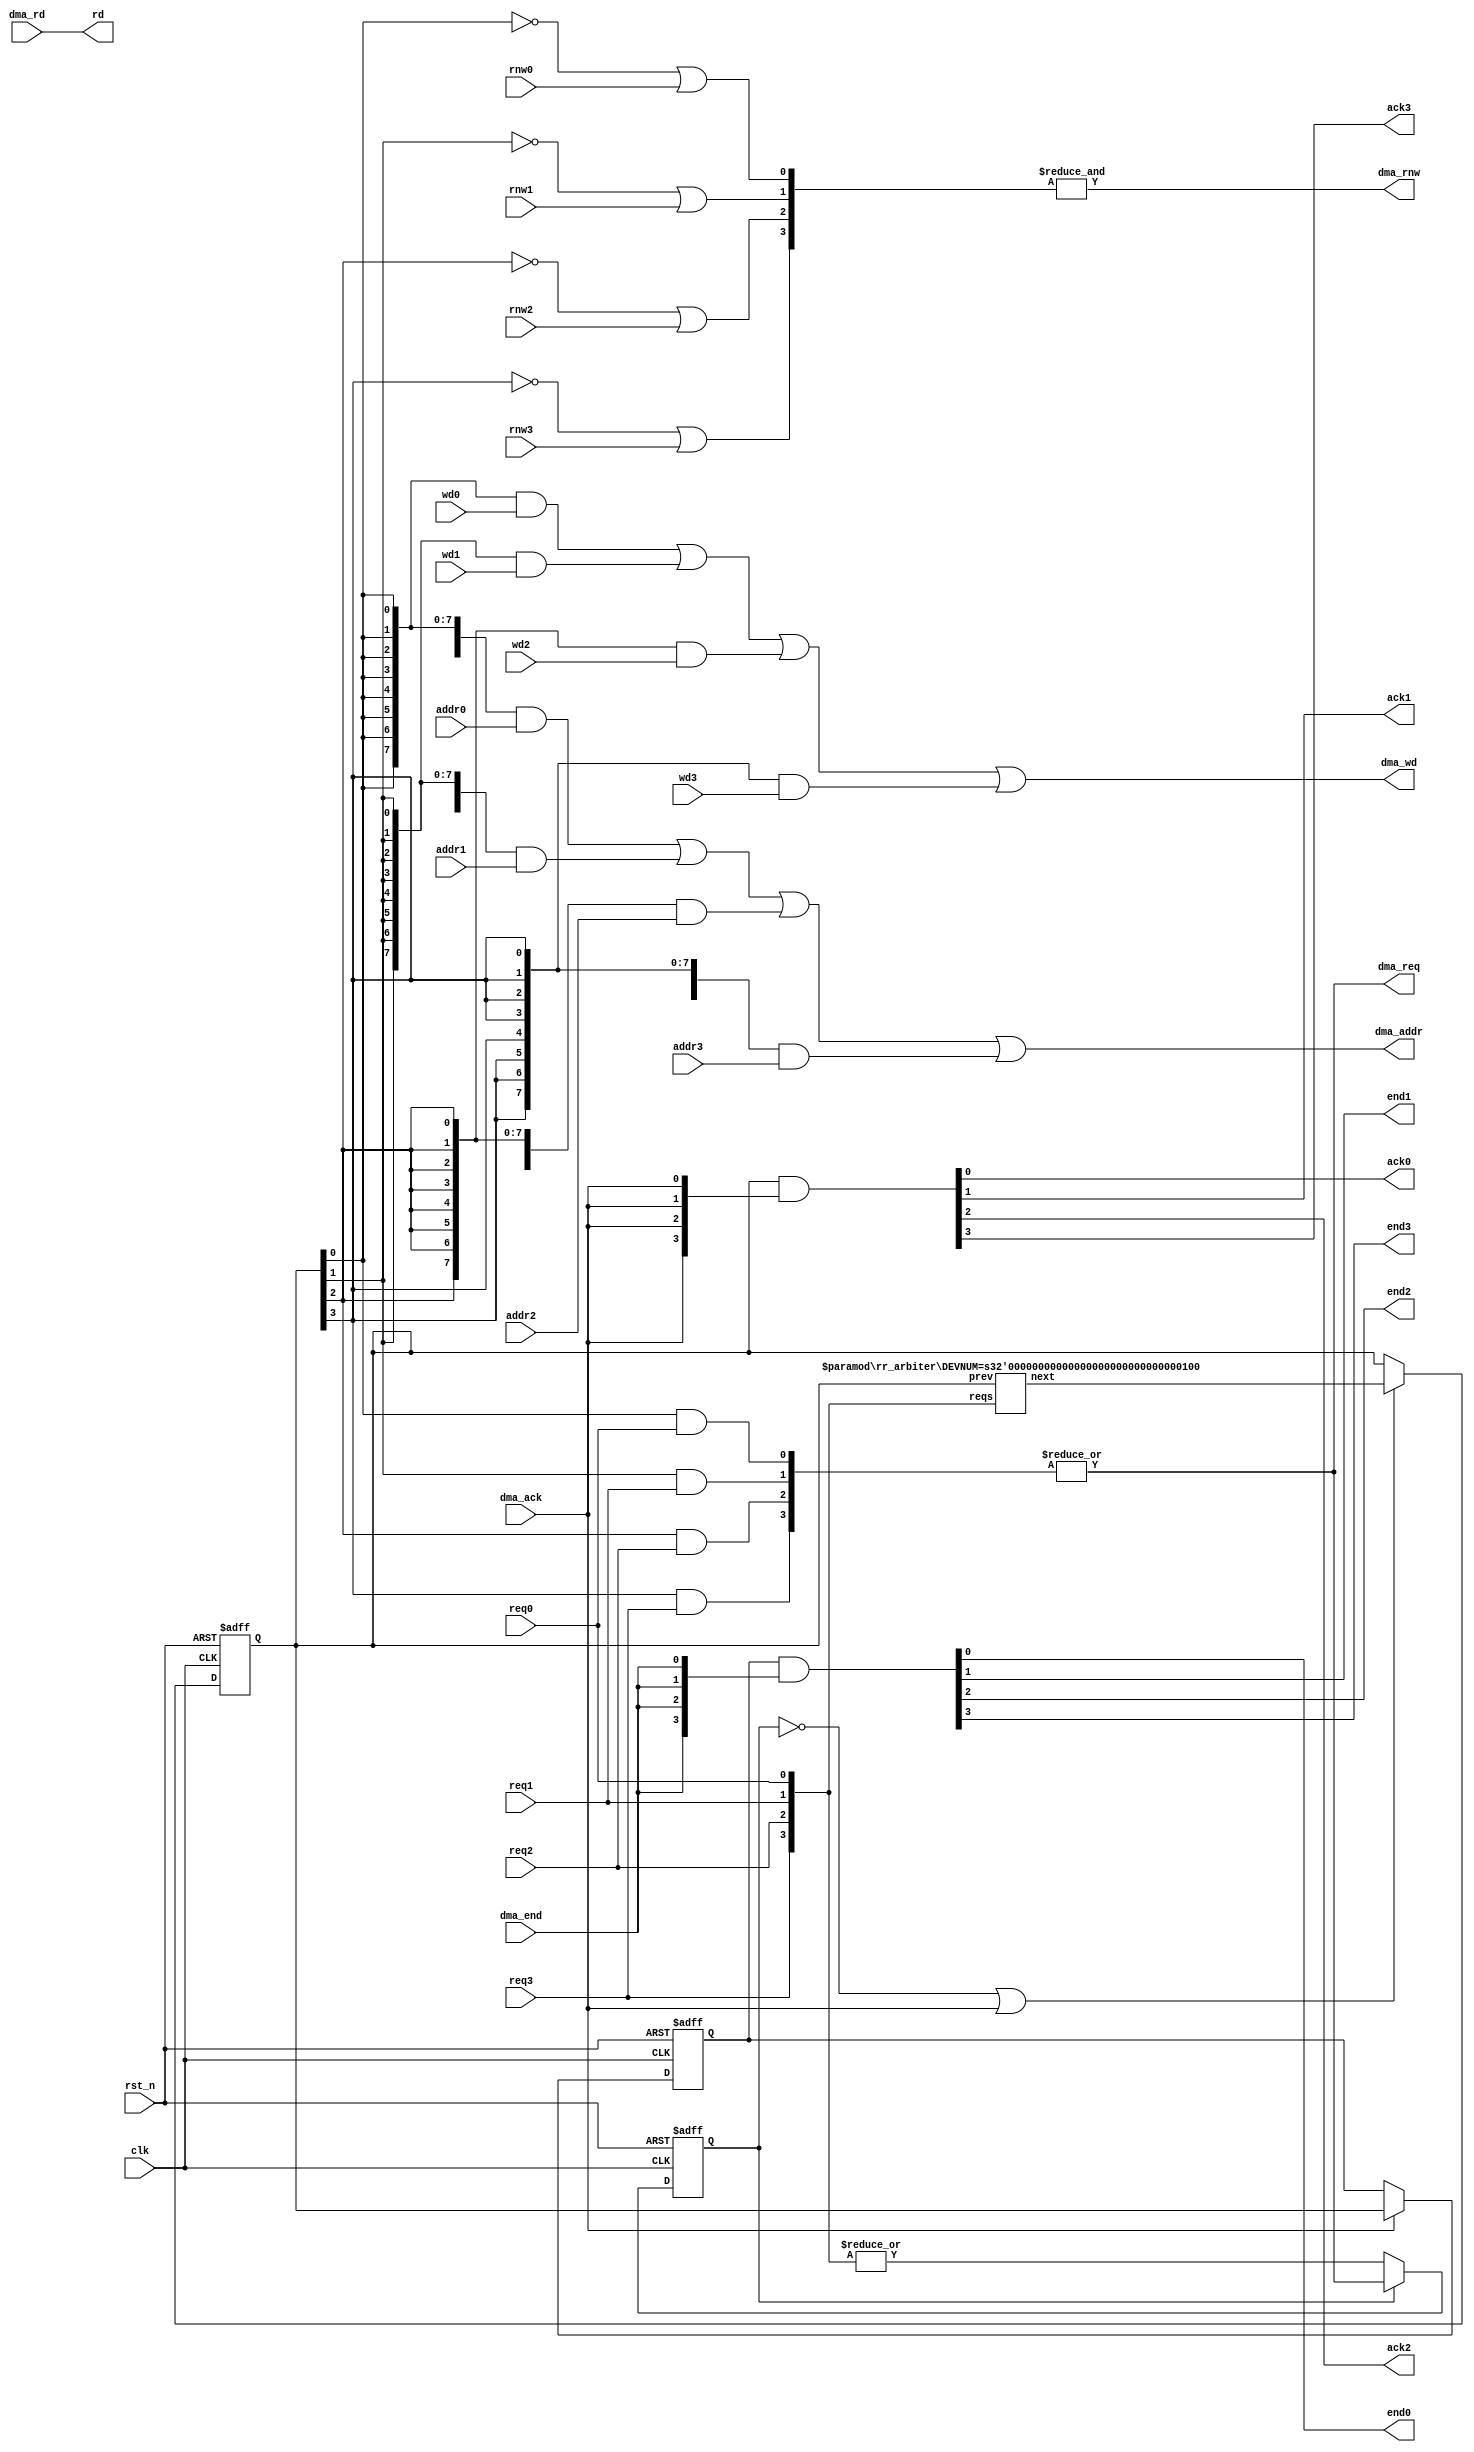
// part of NeoGS project (c) 2008-2009 NedoPC

// dma sequencer

/*

input interface of every DMA end-user

clocks: ^  ^  ^  ^  ^  ^  ^  ^  ^  ^  ^  ^  ^  ^  ^  ^  ^  ^  ^  ^  ^  ^  ^  ^  ^  ^  ^  ^  ^  ^
reqN    _______/```````````\______________/`````````````````\______________/``````````````````
ackN    ________________/``\_____________________________/``\____________________/``\__/``\__/
doneN   _________________________/``\_____________________________/``\______________/``\__/``\
rnwN    -------/```````````\--------------\_________________/--------------/````````\_____/```
adrwdN  -------< read addr >--------------< write addr&data >--------------< rdaddr X wra X rd
rdN     -------------------------<dd>-----------------------------------------------<dd>------


sequencing algorithm is round-robin with fixed initial prioritizing when multiple requests appear simultaneously while
everything was idle

*/


module dma_sequencer(

	input wire clk,
	input wire rst_n,

	// dma requests connection
	//
	input wire req0,
	input wire req1,
	input wire req2,
	input wire req3,

	input wire [20:0] addr0,
	input wire [20:0] addr1,
	input wire [20:0] addr2,
	input wire [20:0] addr3,

	input wire rnw0,
	input wire rnw1,
	input wire rnw2,
	input wire rnw3,

	input wire [7:0] wd0,
	input wire [7:0] wd1,
	input wire [7:0] wd2,
	input wire [7:0] wd3,


	output wire ack0,
	output wire ack1,
	output wire ack2,
	output wire ack3,

	output wire end0,
	output wire end1,
	output wire end2,
	output wire end3,

	output wire [7:0] rd,


//	dma controller connection
	output wire        dma_req,
	output wire [20:0] dma_addr,
	output wire        dma_rnw,
	output wire  [7:0] dma_wd,

	input  wire  [7:0] dma_rd,
	input  wire        dma_ack,
	input  wire        dma_end
);
	localparam DEVNUM = 4;



	wire [DEVNUM-1:0] reqs;
	wire       [20:0] addrs [0:DEVNUM-1];
	wire [DEVNUM-1:0] rnws;
	wire        [7:0] wds   [0:DEVNUM-1];
	wire [DEVNUM-1:0] acks;
	wire [DEVNUM-1:0] ends;


	// aggregate signals for brewity
	assign reqs[DEVNUM-1:0] = {req3,req2,req1,req0};
	assign addrs[0] = addr0;
	assign addrs[1] = addr1;
	assign addrs[2] = addr2;
	assign addrs[3] = addr3;
	assign rnws[DEVNUM-1:0] = {rnw3,rnw2,rnw1,rnw0};
	assign wds[0] = wd0;
	assign wds[1] = wd1;
	assign wds[2] = wd2;
	assign wds[3] = wd3;
	assign {ack3,ack2,ack1,ack0} = acks[DEVNUM-1:0];
	assign {end3,end2,end1,end0} = ends[DEVNUM-1:0];





	reg  [DEVNUM-1:0] cur_input_mux;  // which current input is muxed to the DMA  (input=req,ack,addr,wd)
	reg  [DEVNUM-1:0] cur_output_mux; // which current output is muxed to the DMA (output=end)

	wire [DEVNUM-1:0] next_input_mux;

	reg busy;


	always @(posedge clk, negedge rst_n)
	begin
		if( !rst_n )
			busy = 1'b0;
		else // posedge clk
		begin
			if( !busy )
				busy <= |reqs;
			else // busy
				busy <= dma_req;
		end
	end


	always @(posedge clk, negedge rst_n)
	begin
		if( !rst_n )
		begin
			cur_input_mux  = {DEVNUM{1'b0}};
		end
		else // posedge clk
		begin
			if( (!busy) || dma_ack ) // idle or dma acknoledges data receive
			begin
				cur_input_mux <= next_input_mux;
			end
		end
	end

	rr_arbiter #( .DEVNUM(DEVNUM) ) rr_arbiter(
		.reqs(reqs),
		.prev( cur_input_mux),
		.next(next_input_mux)
	);



	// output mux should follow input after dma_ack
	//
	always @(posedge clk, negedge rst_n)
	begin
		if( !rst_n )
		begin
			cur_output_mux = {DEVNUM{1'b0}};
		end
		else // posedge clk
		begin
			if( dma_ack )
				cur_output_mux <= cur_input_mux;
		end
	end





	// actual muxing of input data
	//
	wor         int_dma_req;  // wor is to do easily decoded AND-OR muxes
	wor  [20:0] int_dma_addr; //
	wand        int_dma_rnw;  // this is WAND to have it 1 in idle
	wor   [7:0] int_dma_wd;   //
	//
	genvar i;
	generate
		for(i=0;i<DEVNUM;i=i+1)
		begin : mux_dma_inputs

			assign int_dma_req  =     cur_input_mux[i]   &  reqs[i]; // wired OR happens!
			assign int_dma_addr = {21{cur_input_mux[i]}} & addrs[i]; //
			assign int_dma_rnw  =   (~cur_input_mux[i])  |  rnws[i]; // wired AND...
			assign int_dma_wd   =  {8{cur_input_mux[i]}} &   wds[i]; //
		end
	endgenerate
	//
	// output data to dma controller
	//
	assign dma_req  = int_dma_req;
	assign dma_addr = int_dma_addr;
	assign dma_rnw  = int_dma_rnw;
	assign dma_wd   = int_dma_wd;

	// actual de-muxing of output data from dma controller
	//
	assign acks = cur_input_mux  & {DEVNUM{dma_ack}};
	assign ends = cur_output_mux & {DEVNUM{dma_end}};
	//
	assign   rd = dma_rd; // read data does not need (de)muxing

endmodule






// round-robin arbiter
module rr_arbiter(
	/*input  wire [DEVNUM-1:0]*/ reqs,
	/*input  wire [DEVNUM-1:0]*/ prev,

	/*output wire [DEVNUM-1:0]*/ next
);
	parameter DEVNUM=4;


	input  wire [DEVNUM-1:0] reqs;
	input  wire [DEVNUM-1:0] prev;

	output wire [DEVNUM-1:0] next;



	genvar i;



	// arbitration if there was previous actives
	//
	wire [DEVNUM-1:0] loop;
	wire [DEVNUM-1:0] next_arb;

	generate
		for(i=0;i<DEVNUM;i=i+1)
		begin : gen_forwarders

			if( i==0 )
				rr_fwd forwarder( .prev(prev[i]),
				                  .req(reqs[i]),
				                  .next(next_arb[i]),
				                  .loop_in(loop[DEVNUM-1]),
				                  .loop_out(loop[i]) );
			else
				rr_fwd forwarder( .prev(prev[i]),
				                  .req(reqs[i]),
				                  .next(next_arb[i]),
				                  .loop_in(loop[i-1]),
				                  .loop_out(loop[i]) );
		end
	endgenerate


	// arbitration if there was no actives prior to requests
	//
	wire  [DEVNUM-1:0] next_empty;

	generate
		for(i=0;i<DEVNUM;i=i+1)
		begin : pri_enc
			if( i==0 )
			begin : pri_zero
				assign next_empty[0] = reqs[0];
			end
			else
			begin : pri_nonzero
				assign next_empty[i] = reqs[i] & ( ~|reqs[i-1:0] );
			end
		end
	endgenerate


	// select between prev-busy and prev-free cases
	assign next = ( prev ) ? next_arb : next_empty;

endmodule


// round-robin request forwarder (1 bit)
module rr_fwd(
	input  wire prev,  // who was arbitrated last time (one-hot)
	input  wire req,   // who are requesting
	output reg  next, // who will be next

	input  wire loop_in, // for internal arbitration
	output reg  loop_out //
);

	always @*
	begin
		if( prev )
		begin
			loop_out = 1'b1;
		end
		else //!prev
		begin
			loop_out = req ? 1'b0 : loop_in;
		end
	end

	always @*
	begin
		next = req ? loop_in : 1'b0;
	end

endmodule